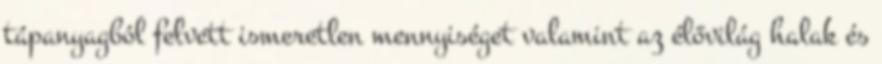
tápanyagból felvett ismeretlen mennyiséget valamint az élővilág halak és